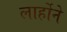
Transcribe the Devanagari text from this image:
लार्होने